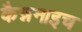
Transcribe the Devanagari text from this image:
कैन्ननाइच